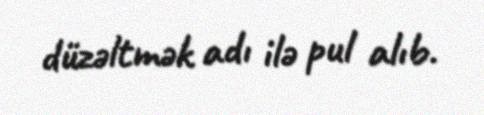
düzəltmək adı ilə pul alıb.